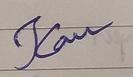
Signature authenticity: forged